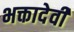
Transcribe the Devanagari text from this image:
भक्तादेवी